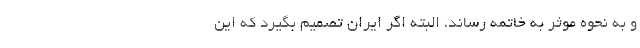
و به نحوه موثر به خاتمه رساند، البته اگر ایران تصمیم بگیرد که این